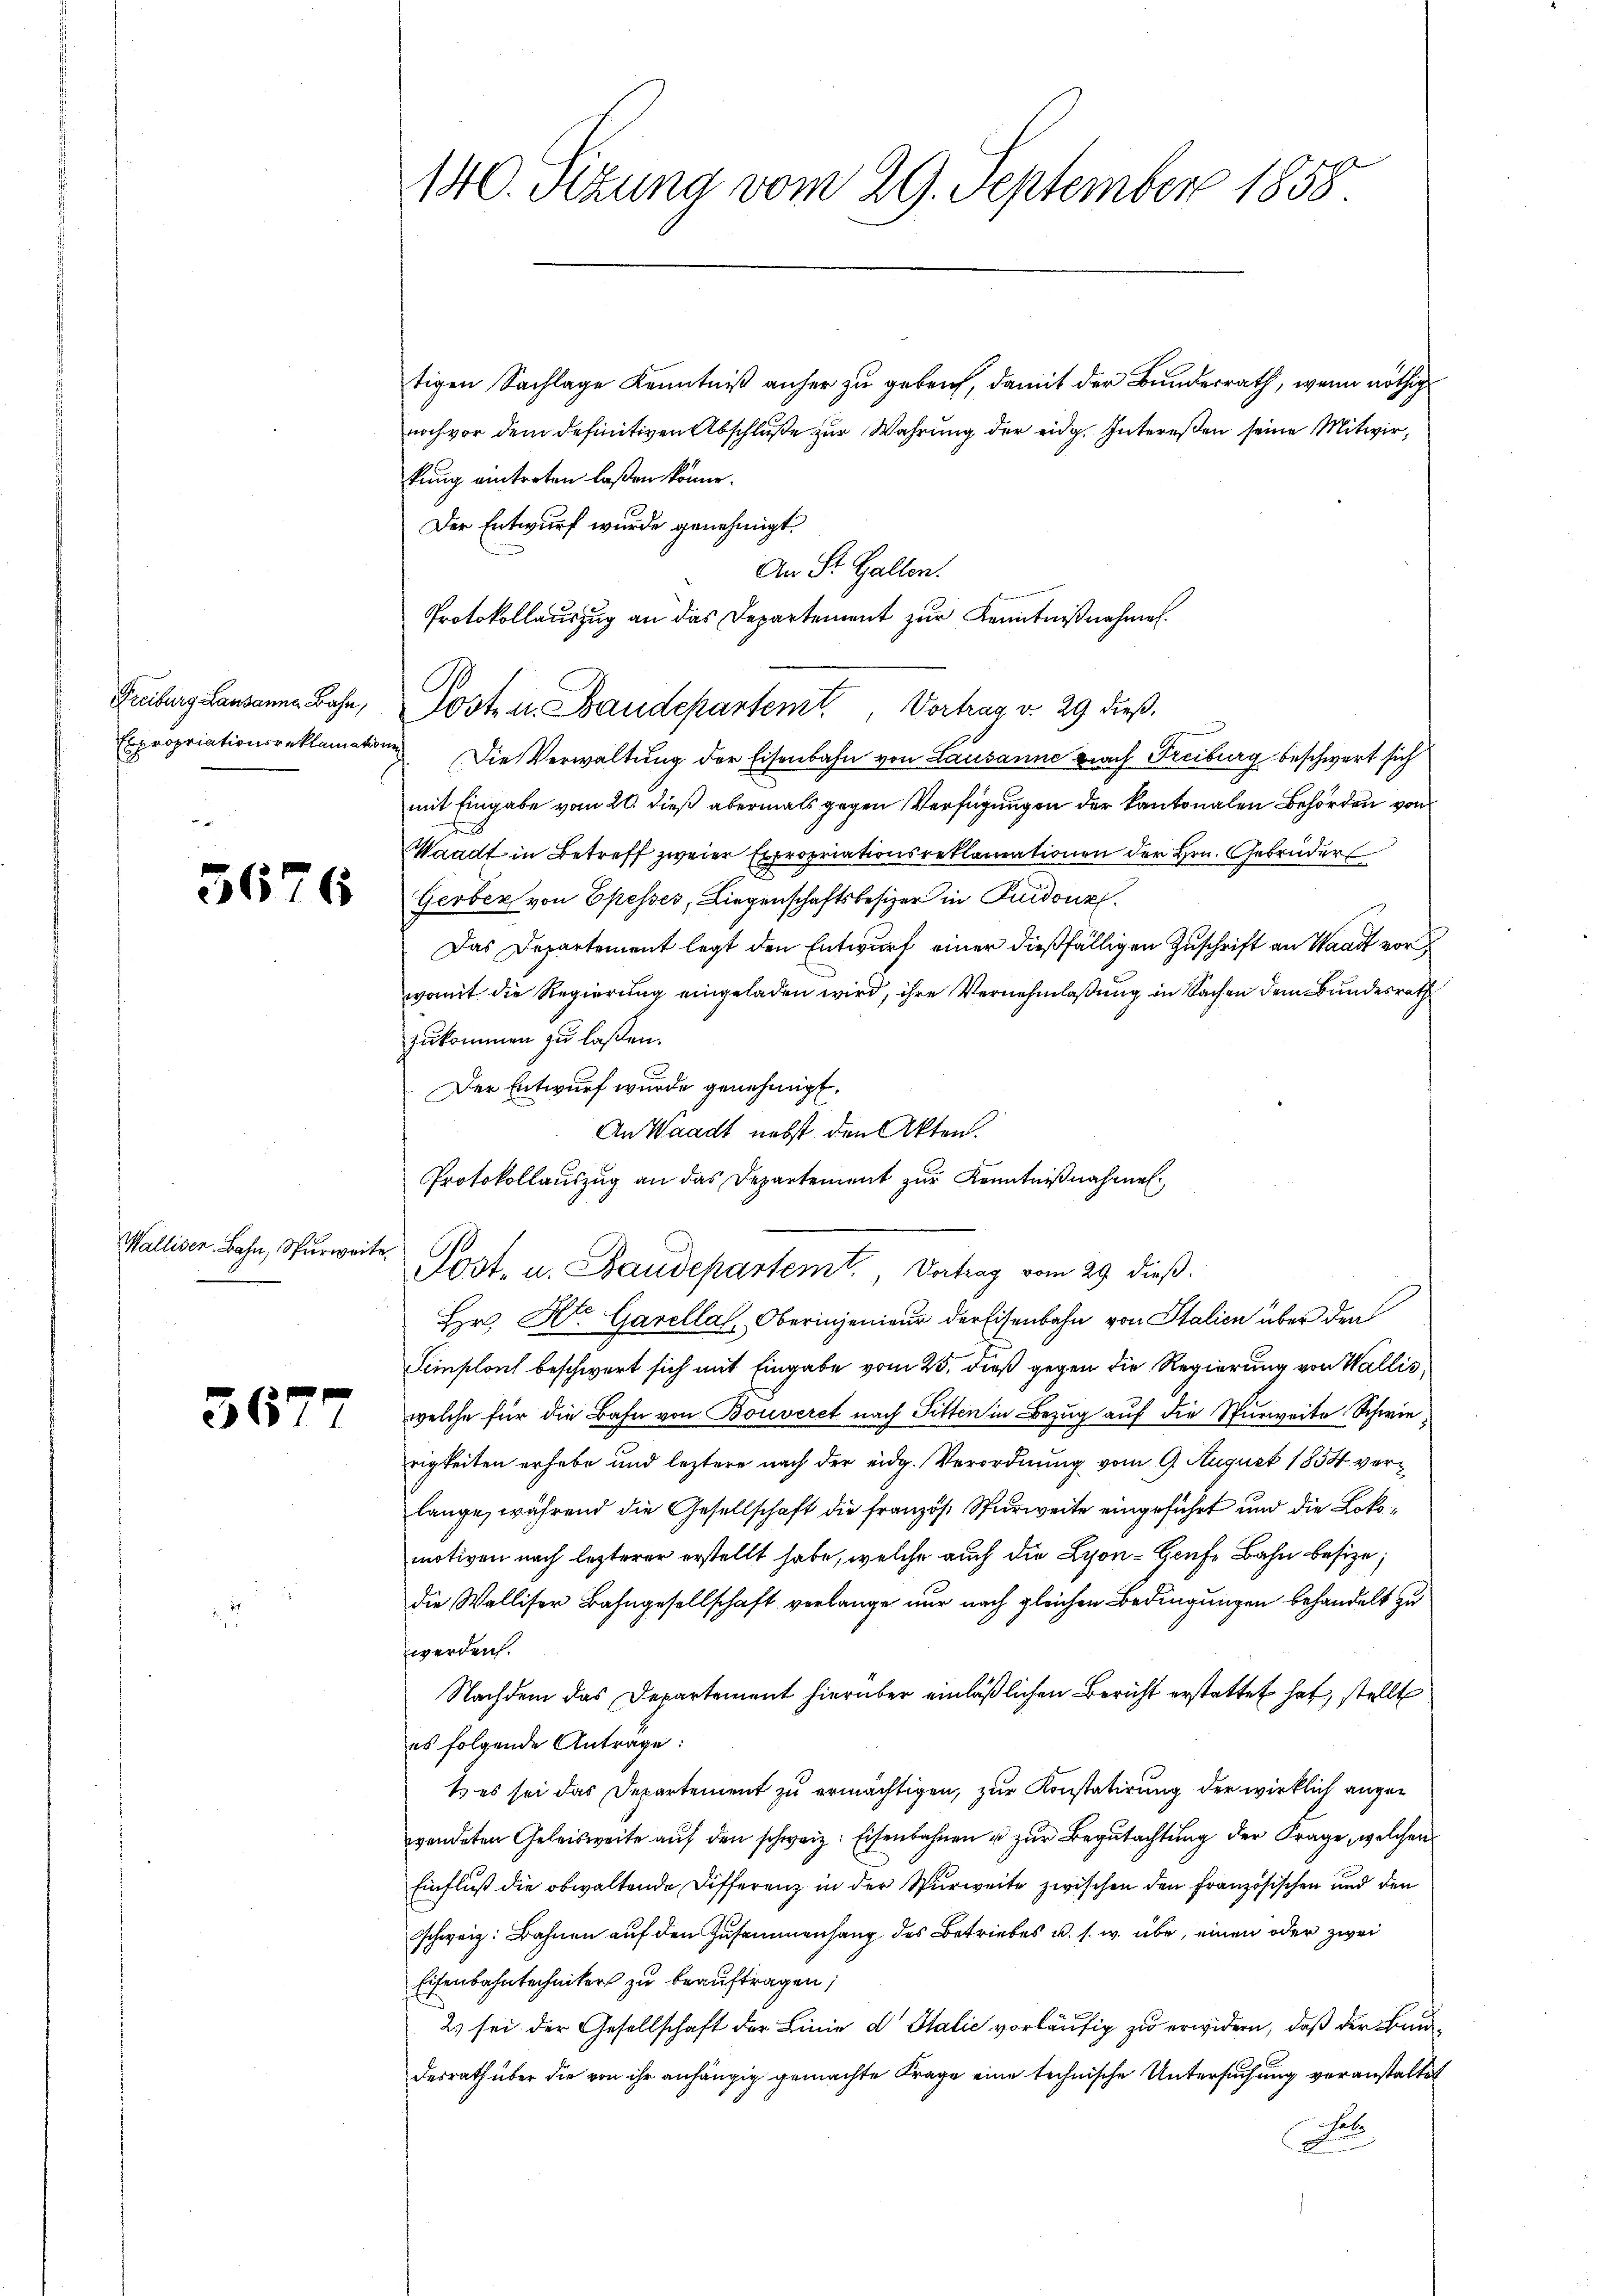
Expropriationsreklamati

5676

Walliser Bahn, Surwer

3677

140. Sizung vom 29. September 1858.

tigen Sachlage Kenntniß anher zu gebruch, damit der Bundesrath, wenn nöthig
noch vor dem definitiven Abschluße zur Wahrung der eidg. Intereßen seine Mitwirkung eintreten laßen könne.
Der Entwurf wurde genehmigt.
An St. Gallen.
Protokollauszug an das Departement zur Kenntnißnahmen.
 Die Verwaltung der Eisenbahn von Lausanne nach Freiburg beschwert sich
mit Eingabe vom 20. dieß abermals gegen Verfügungen der kantonalen Behörden von
Waadt in Betreff zweier Expropriationsreklamationen der Hrn. Gebrüder
Gerber von Ekesses, Liegenschaftsbesizer in Guidonz
Das Departement legt den Entwurf einer dießfälligen Zuschrift an Waadt vor
womit die Regierung eingeladen wird, ihre Vernehmlaßung in Sachen dem Bundesrath
zukommen zu laßen.
Der Entwurf wurde genehmigt.
An Waadt nebst den Akten.
Protokollauszug an das Departement zur Kenntnißnahmen.
Hr. St. Garellat, Oberingenieur der Eisenbahn von Stalien über den
Leinplant beschwert sich mit Eingabe vom 25. dieß gegen die Regierung von Wallis,
welche für die Bahn von Bouveret nach Fitten in Bezug auf die Spurweite Schwie
rigkeiten erhabe und leztere nach der eidg. Verordnung vom 9. August 1854 verlange, während die Gesellschaft die französ. Spurweite eingeführt und die Lokomotiven nach lezterer erstellt habe, welche auch die Lyon - Grafe Bahn besize;
die Walliser Bahngesellschaft verlange nur nach gleichen Bedingungen behandelt zu
werden.
Nachdem das Departement hierüber einläßlichen Bericht erstattet hat, stellt
es folgende Antrage:
t es sei das Departement zu ermächtigen, zur Konstatirung der wirklich angewendeten Geleisweite auf den schweiz. Eisenbahnen u zur Begutachtung der Frage, welchen
Einfluß die obwaltende Differenz in der Spurweite zwischen den Französischen und den
sschweiz. Bahnen auf den Zusammenhang des Betriebes u. s. w. übe, einen oder zwei
Eisenbahntechnikers zu beauftragen;
2) sei der Gesellschaft der Linie d Italić vorläufig zu erwidern, daß der Baudesrath über die von ihr anhängig gemachte Frage eine technische Untersuchung veranstaltet
Sub

Freiburg Lausanna Bahn, Poste u. Baudepartemt. Vortrag v. 29 dieß.

t

Post. u. Baudepartemt., Vortrag vom 29 dieß.